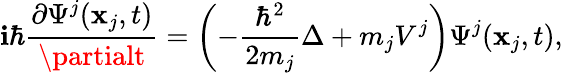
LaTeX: \mathbf{i}\hbar\frac{{\partial\Psi^{j}(\textbf{{x}}_{j},t)}}{{\partialt}}=\left(-\frac{{\hbar^{2}}}{{2m_{j}}}\Delta+m_{j}V^{j}\right)\Psi^{j}(\textbf{{x}}_{j},t),